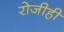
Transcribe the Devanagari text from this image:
रोजीही